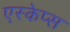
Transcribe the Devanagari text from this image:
एस्केप्स